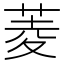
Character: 菱